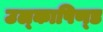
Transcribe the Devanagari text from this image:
उल्‍कापिण्‍ड